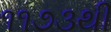
૧૧૭૩થી